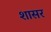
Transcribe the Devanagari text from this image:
शासर